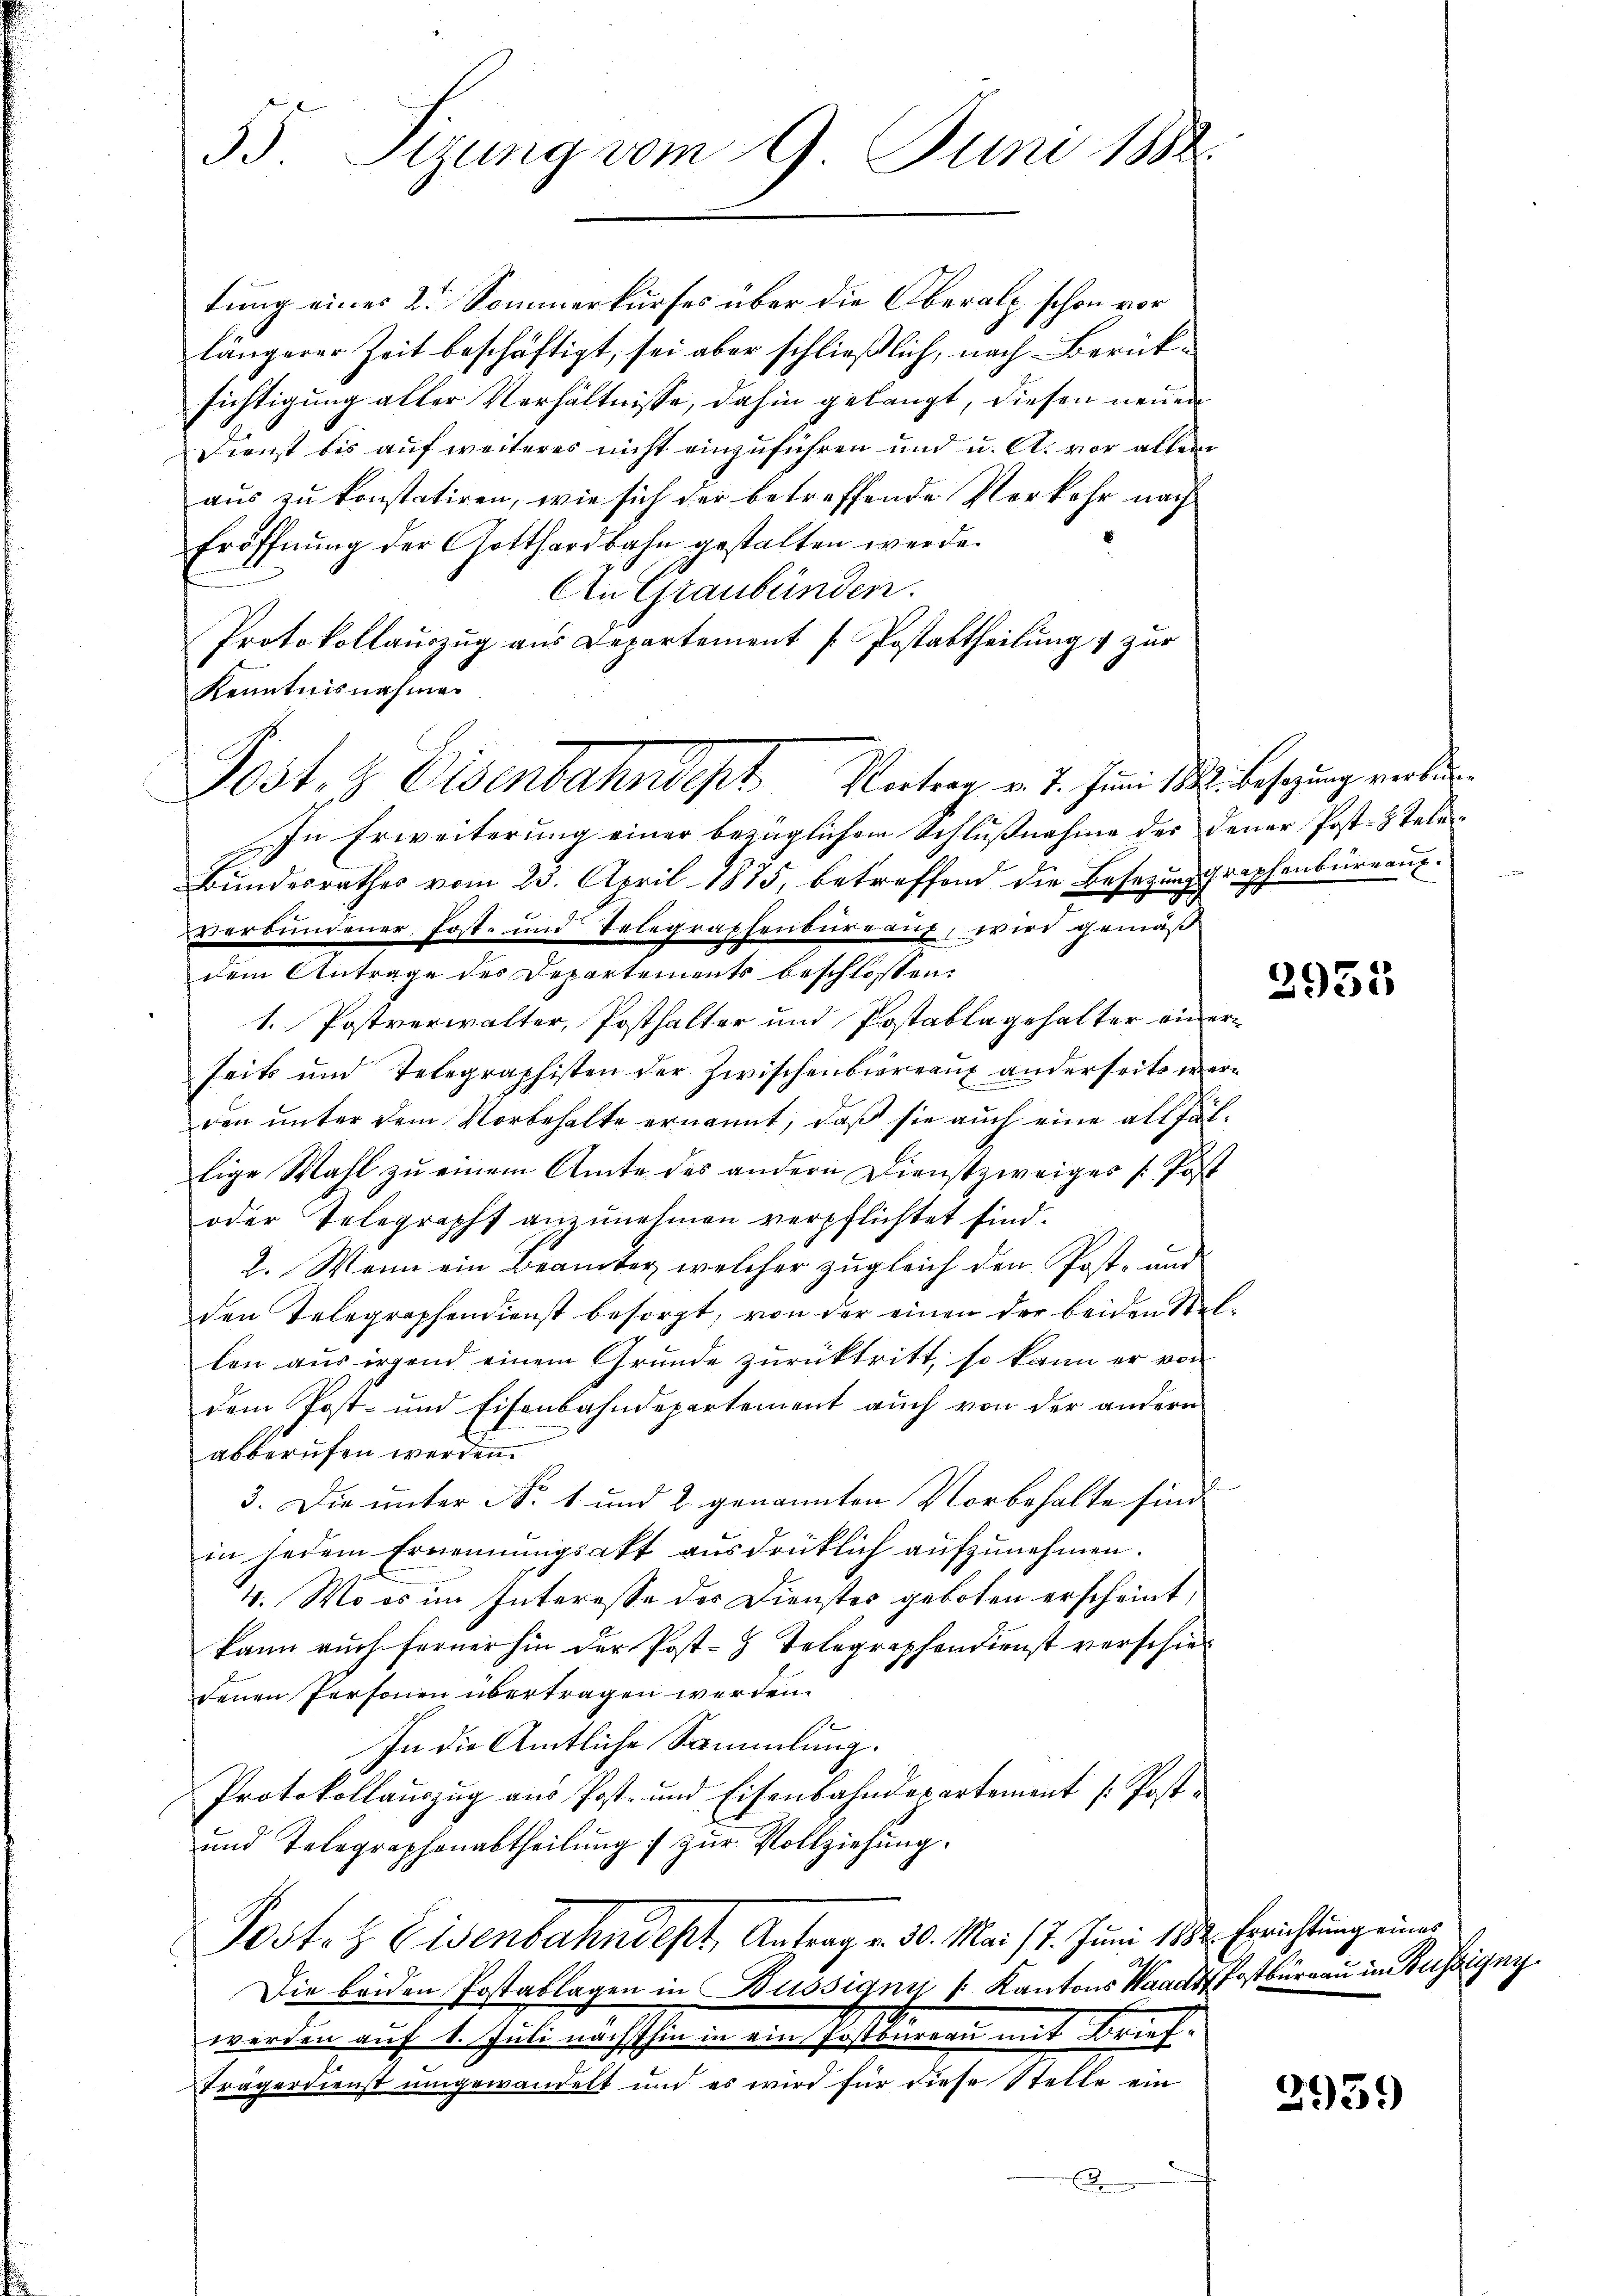
55. Sizung vom 9. Juni 1882.

tung eines 2te Sommerkurses über die Oberalp schon vor
längerer Zeit beschäftigt, sei aber schließlich, nach Berücksichtigung alter Verhältnisse, dahin gelangt, diesen neuen
Dienst bis auf weiteres nicht einzuführen und u. A. vor allem
aus zu konstatiren, wie sich der betreffende Verkehr nach
Eröffnung der Gotthardbahn gestalten werde.
An Graubünden.
Protokollauszug aus Departement / Postabtheilung & zur
Kenntnisnahme
In Erweiterung einer bezüglichen Schlußnahme des Deuer Post-Tele¬
Bundesrathes vom 25. April 1875, betreffend die Besetzung graphenbüreaufverbundener Post- und Telegraphenbüreau, wird gemäß
dem Antrage des Departements beschlossen:
1. Postverwalter, Posthalter und Postablagehalter einerseits und Telegraphisten der Zwischenbiereaux anderseits werden unter dem Vorbehalte ernannt, daß sie auch eine allfältige Wahl zu einem Amte des andern Dienstzweiges Post
oder Telegraphs anzŭnehmen verpflichtet sind.
2. Wenn ein Beamter, welcher zugleich den Post- und
den Telegraphendienst besorgt, von der einen der beiden Stellen aus irgend einem Grunde zurücktritt, so kann er von
dem Post- und Eisenbahndepartement auch von der andern
abberufen werden.
x
3. Die unter No. 1 und 2 genannten Vorbehalte sind
in jedem Ernennungsakt ausdrücklich aufzunehmen.
4. Wo es im Interesse des Dienster geboten erscheint,
kann auch ferner hin der Post-Z Telegraphendienst verschiedenen Personen übertragen werden.
In die Amtliche Sammlung.
Protokollauszug aus Post- und Eisenbahndepartement /: Post¬
und Telegraphenabtheilŭng zŭr Vollziehŭng.
Post. H. Eisenbahndept, Antrag v. 30. Mai 17. Juni 1882. Errichtung eines
Die beiden Postablagen in Büssignn /: Kantons Waadt Postbüreau in Büssigni
werden auf 1. Juli nächsthin in ein Postbureau mit Brief¬
Trägerdienst umgewandelt und es wird für diese Stelle ein
E

Post. Eisenbahndept. Montrag v. 7. Juni 188. Besetzung verbin¬

2935

2939